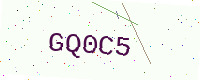
Text: GQ0C5